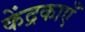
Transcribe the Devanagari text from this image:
केंद्रकाएँ